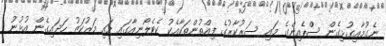
ނެގުމާއިގުޅިގެން ސްޕެއިންގެ މައި ސަރުކާރުގެ ފިއްތުންތަކާއެކު ކެޓެލޯނިއާގައި މައި މަރުކަޒު ހަދައިގެން އުޅުނު